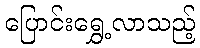
ပြောင်းရွှေ့လာသည့်